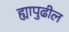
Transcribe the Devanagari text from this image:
ह्यापुढील